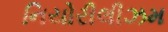
નિયોરીલીઝમ